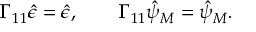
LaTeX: \Gamma _ { 1 1 } \hat { \epsilon } = \hat { \epsilon } , \qquad \Gamma _ { 1 1 } \hat { \psi } _ { M } = \hat { \psi } _ { M } .